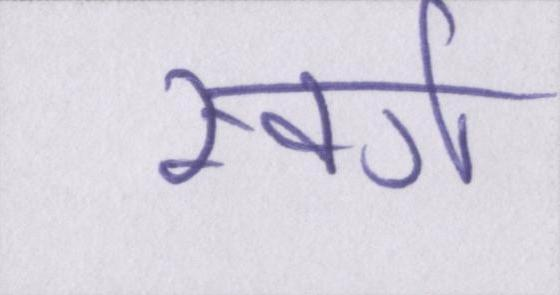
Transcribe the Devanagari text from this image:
स्वर्ग